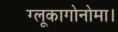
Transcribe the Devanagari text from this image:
ग्लूकागोनोमा।